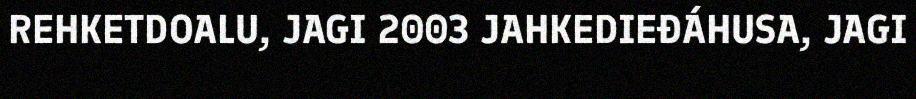
REHKETDOALU, JAGI 2003 JAHKEDIEĐÁHUSA, JAGI